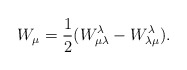
\begin{align*}W_\mu={1\over 2}(W^\lambda_{\mu\lambda}-W^\lambda_{\lambda\mu}).\end{align*}